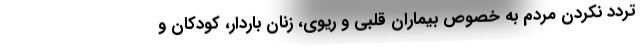
تردد نکردن مردم به خصوص بیماران قلبی و ریوی، زنان باردار، کودکان و